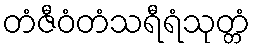
တံဇီဝံတံသရီရံသုတ္တံ